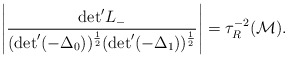
\begin{align*}\left | \frac{{\rm det}^{\prime} L_{-}}{({\rm det}^{\prime} (- {\Delta}_{0}))^{\frac{1}{2}} ({\rm det}^{\prime} (- {\Delta}_{1}))^{\frac{1}{2}}} \right | = {\tau}_{R}^{-2} ({\cal M}).\end{align*}